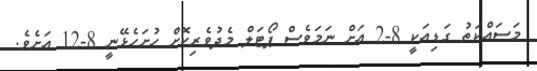
މަސައްކަތު ގަޑިއަކީ 8-2 އަށް ނަމަވެސް ޕޯޓަލް މެދުވެރިކޮށް ހުށަހެޅޭނީ 8-12 އަށެވެ.